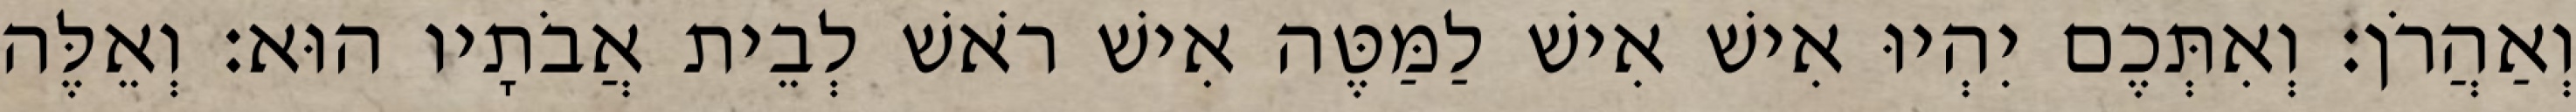
וְאַהֲרֹן׃ וְאִתְּכֶם יִהְיוּ אִישׁ אִישׁ לַמַּטֶּה אִישׁ רֹאשׁ לְבֵית אֲבֹתָיו הוּא׃ וְאֵלֶּה